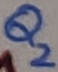
Text: Q2